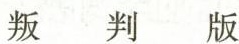
叛 判 版